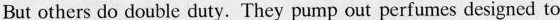
But others do double duty.They pump out perfumes designed to